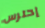
إحترس